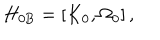
H _ { 0 \mathrm { B } } = \left[ K _ { 0 } , \Omega _ { 0 } \right] ,